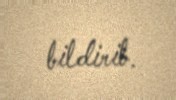
bildirib.